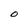
Character: O